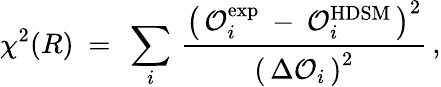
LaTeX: \chi^{2}(R)\ =\ \sum_{i}\, \frac{\left(\, \mathcal{O}_{i}^{\mathrm{exp}}\: -\: \mathcal{O}_{i}^{\mathrm{HDSM}}\, \right)^{2}}{\left(\, \Delta\mathcal{O}_{i}\, \right)^{2}}\, ,